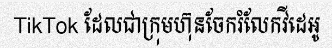
TikTok ដែលជាក្រុមហ៊ុនចែករំលែកវីដេអូ